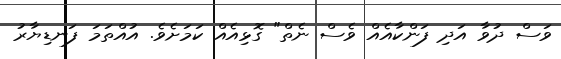
ވަސް ދުވާ އަދި ފަންކާއެއް ވެސް ނެތް" ގޮޅިއެއް ކަމަށެވެ. އުއްތަމަ ފަނޑިޔާރު